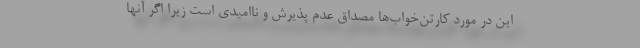
این در مورد کارتن‌خواب‌ها مصداق عدم پذیرش و ناامیدی است زیرا اگر آنها